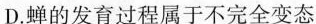
D.蝉的发育过程属于不完全变态